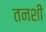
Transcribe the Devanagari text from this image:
तनशी